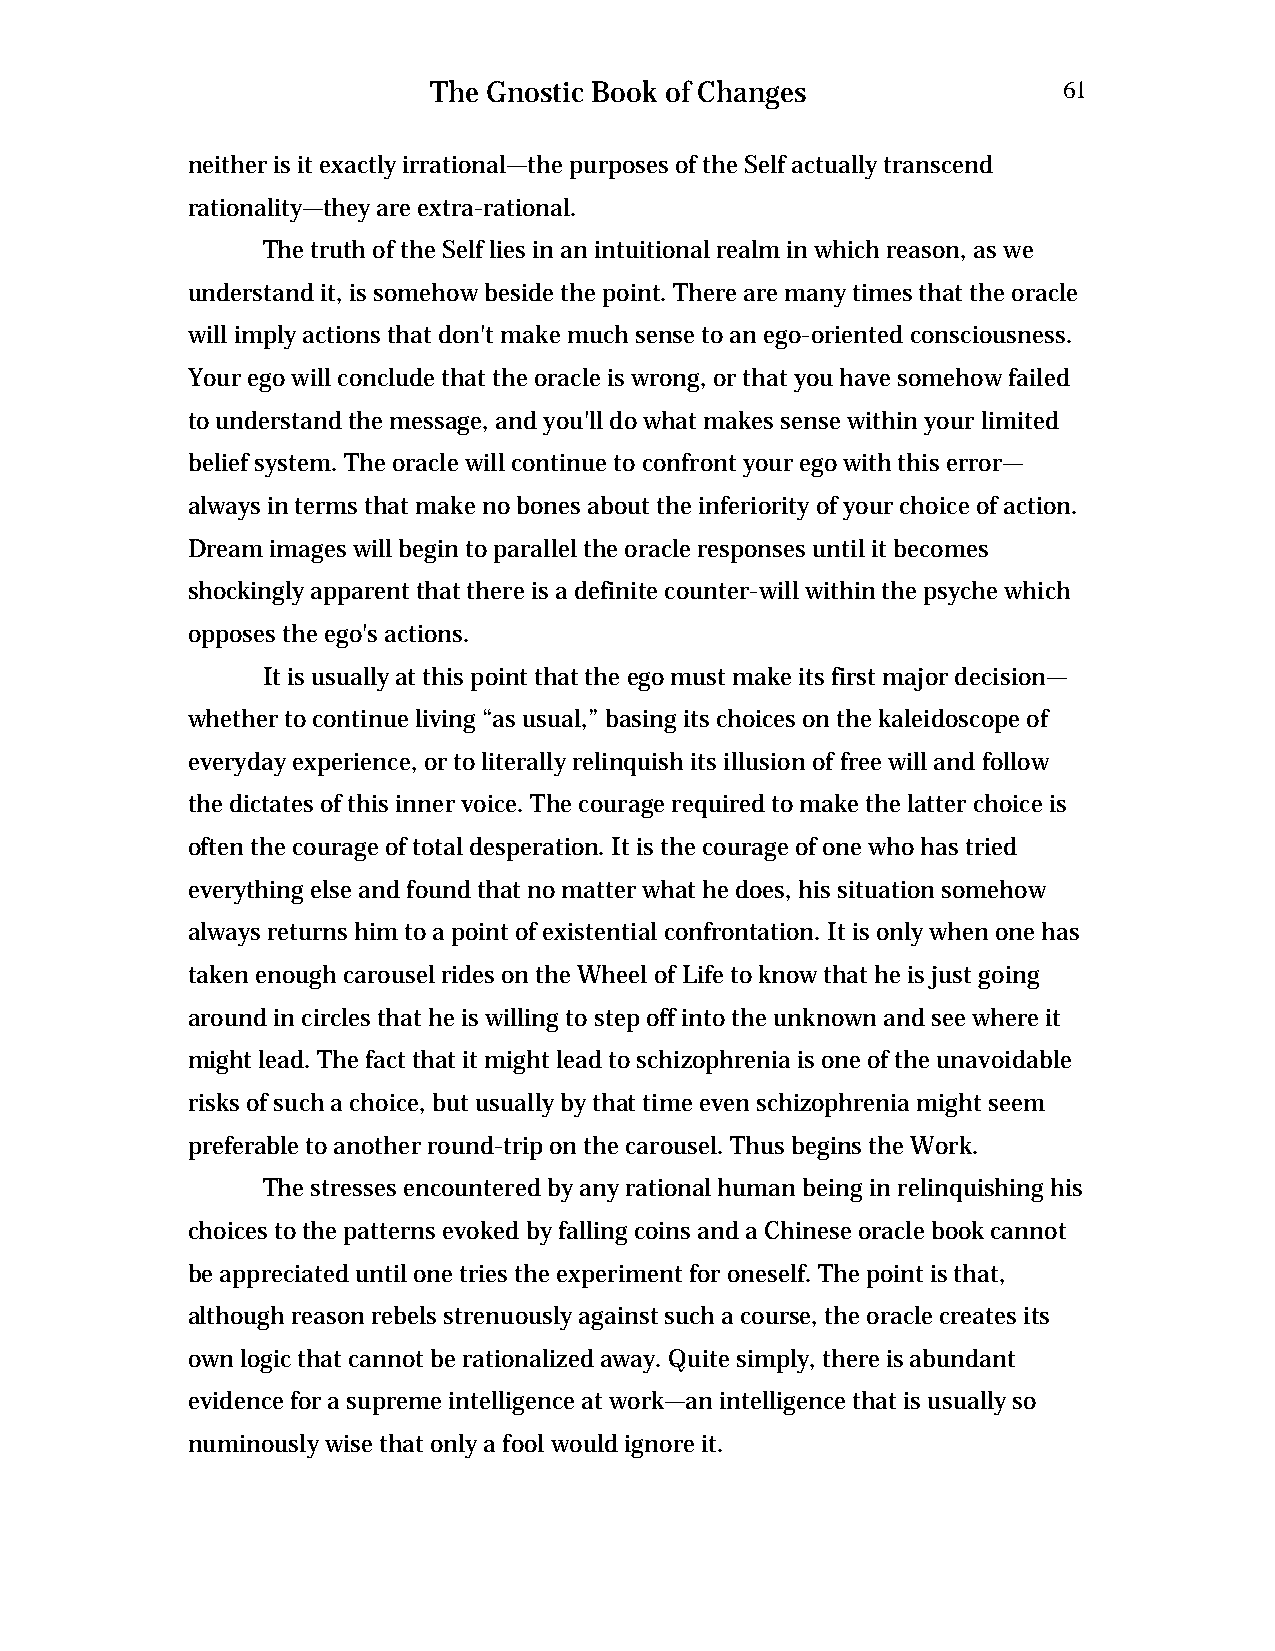
The Gnostic Book of Changes              61
 neither is it exactly irrational—the purposes of the Self actually transcend
 rationality—they are extra-rational.
 The truth of the Self lies in an intuitional realm in which reason, as we
 understand it, is somehow beside the point. There are many times that the oracle
 will imply actions that don't make much sense to an ego-oriented consciousness.
 Your ego will conclude that the oracle is wrong, or that you have somehow failed
 to understand the message, and you'll do what makes sense within your limited
 belief system. The oracle will continue to confront your ego with this error—
 always in terms that make no bones about the inferiority of your choice of action.
 Dream images will begin to parallel the oracle responses until it becomes
 shockingly apparent that there is a definite counter-will within the psyche which
 opposes the ego's actions.
 It is usually at this point that the ego must make its first major decision—
 whether to continue living “as usual,” basing its choices on the kaleidoscope of
 everyday experience, or to literally relinquish its illusion of free will and follow
 the dictates of this inner voice. The courage required to make the latter choice is
 often the courage of total desperation. It is the courage of one who has tried
 everything else and found that no matter what he does, his situation somehow
 always returns him to a point of existential confrontation. It is only when one has
 taken enough carousel rides on the Wheel of Life to know that he is just going
 around in circles that he is willing to step off into the unknown and see where it
 might lead. The fact that it might lead to schizophrenia is one of the unavoidable
 risks of such a choice, but usually by that time even schizophrenia might seem
 preferable to another round-trip on the carousel. Thus begins the Work.
 The stresses encountered by any rational human being in relinquishing his
 choices to the patterns evoked by falling coins and a Chinese oracle book cannot
 be appreciated until one tries the experiment for oneself. The point is that,
 although reason rebels strenuously against such a course, the oracle creates its
 own logic that cannot be rationalized away. Quite simply, there is abundant
 evidence for a supreme intelligence at work—an intelligence that is usually so
 numinously wise that only a fool would ignore it.